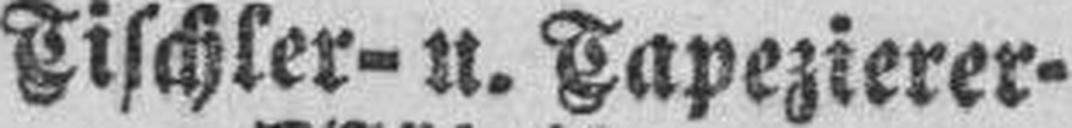
Tischler- u. Tapezierer-